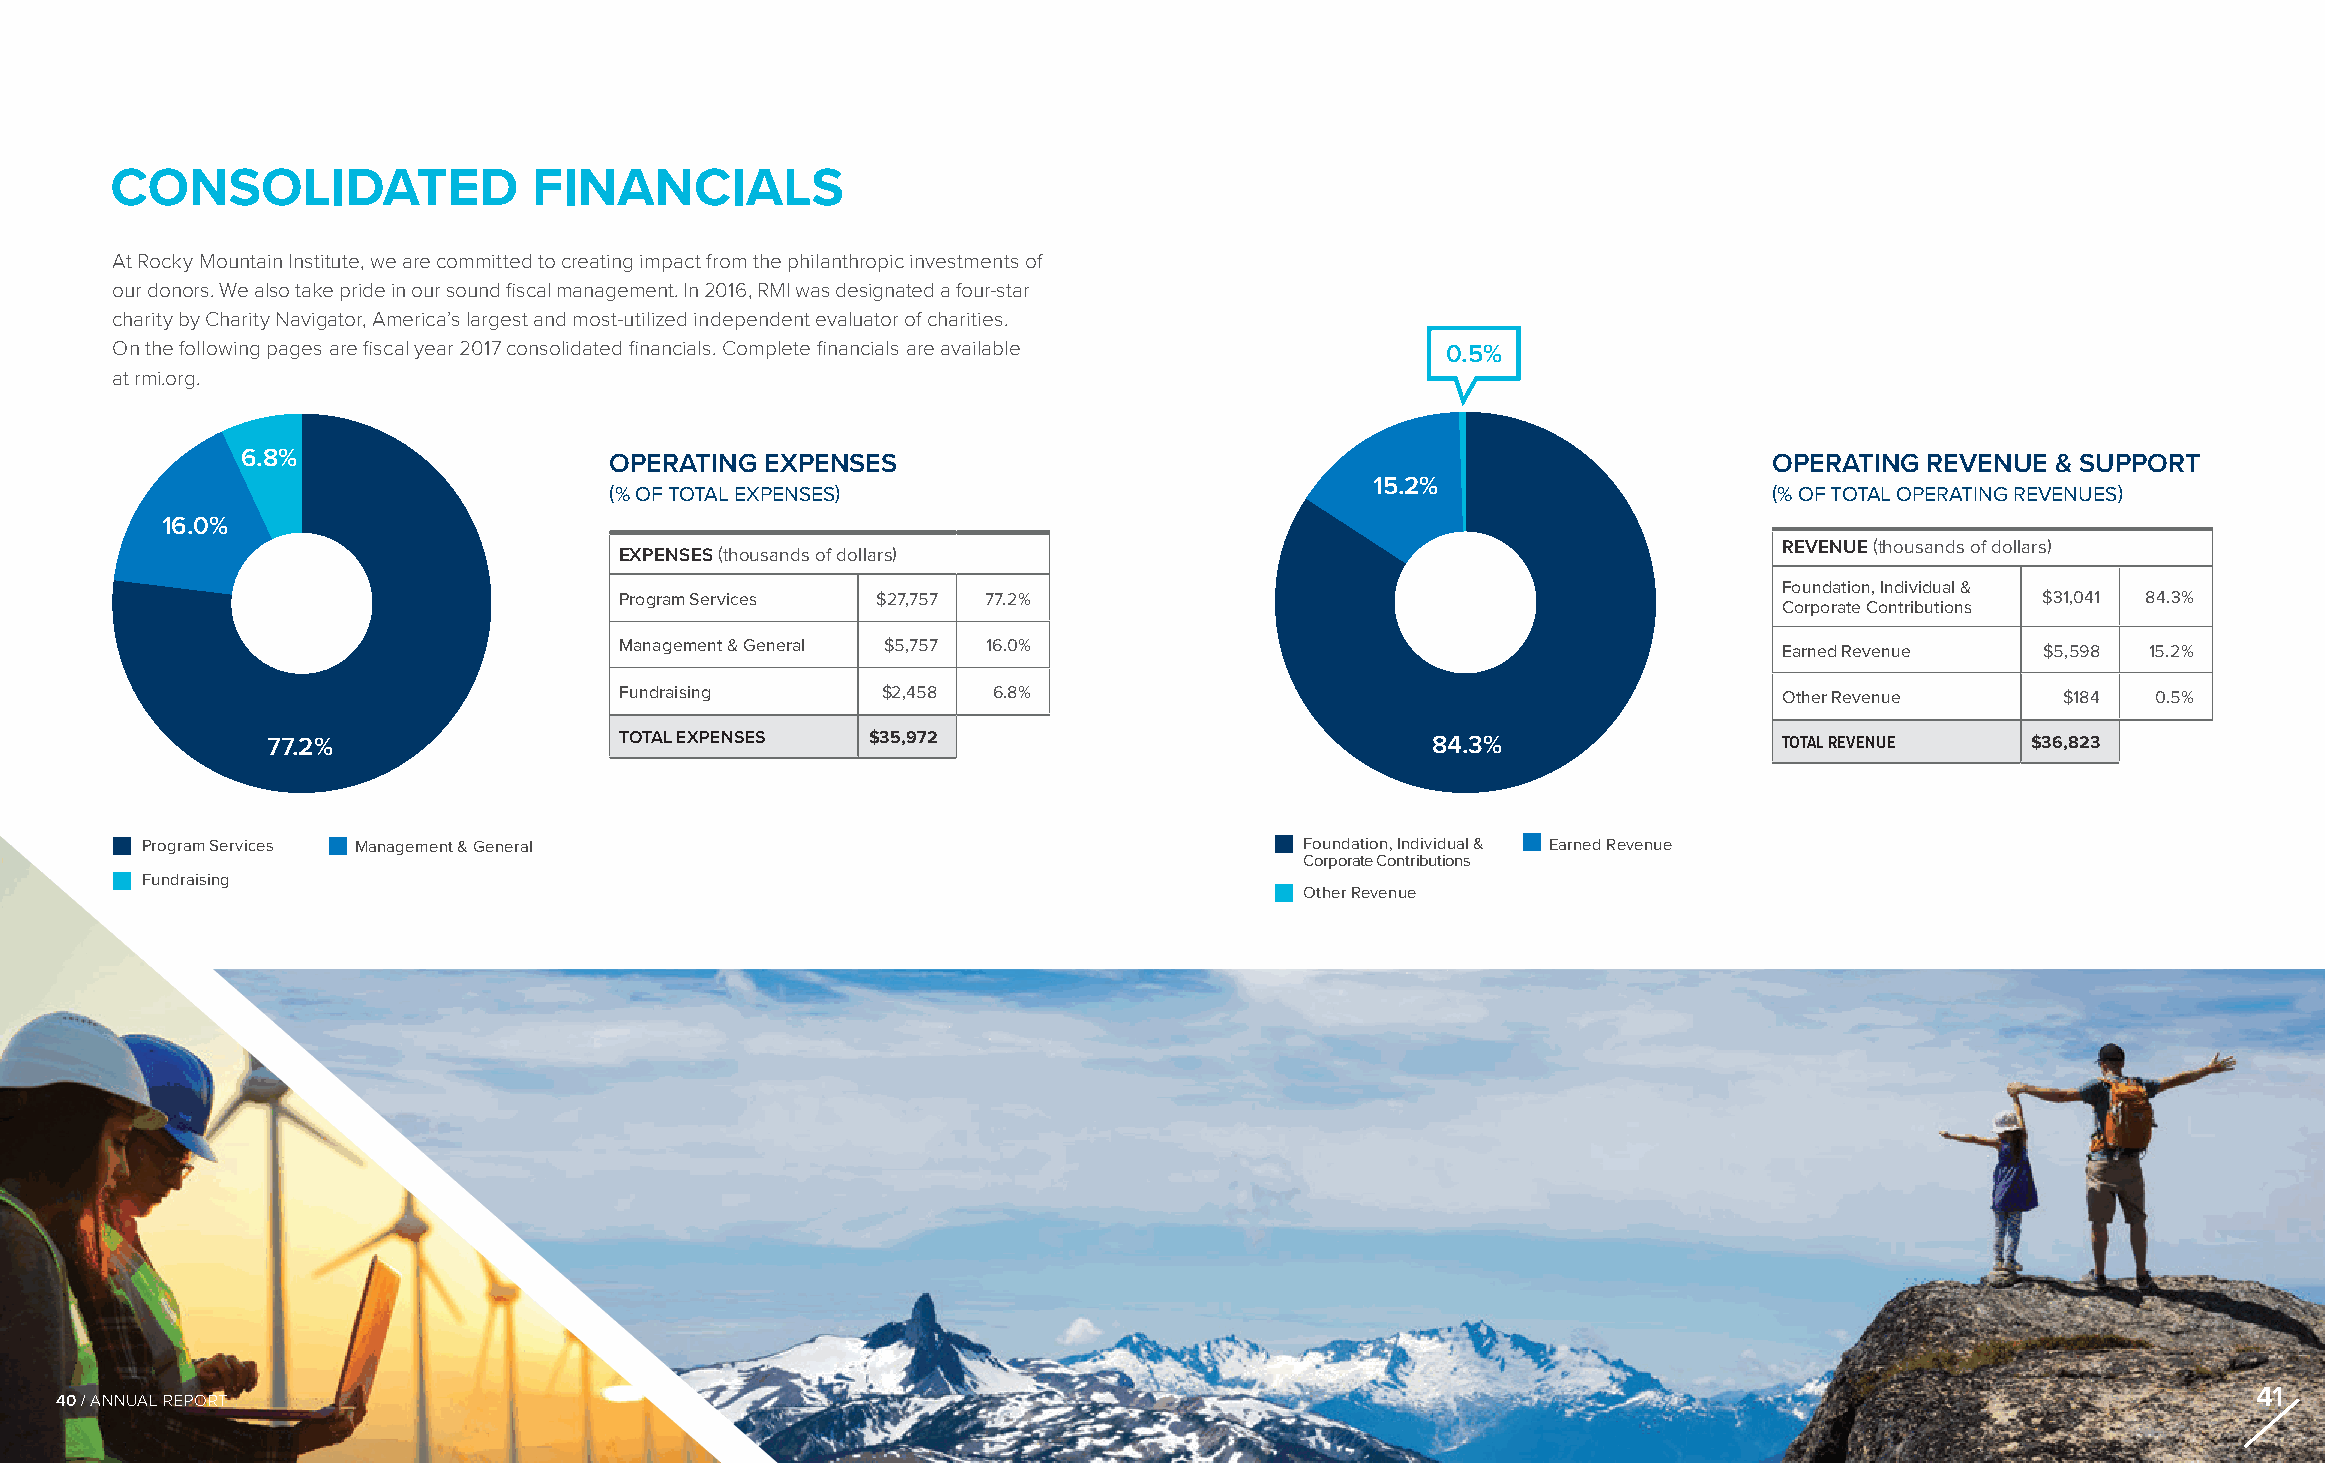
CONSOLIDATED                FINANCIALS
 At Rocky Mountain Institute, we are committed to creating impact from the philanthropic investments of
 our donors. We also take pride in our sound fiscal management. In 2016, RMI was designated a four-star
 charity by Charity Navigator, America’s largest and most-utilized independent evaluator of charities.
 On the following pages are fiscal year 2017 consolidated financials. Complete financials are available 0.5%
 at rmi.org.
 6.8%                    OPERATING  EXPENSES                                                          OPERATING  REVENUE & SUPPORT
 15.2%
 (% OF TOTAL EXPENSES)                                                        (% OF TOTAL OPERATING REVENUES)
 16.0%
 EXPENSES (thousands of dollars)                                              REVENUE (thousands of dollars)
 Foundation, Individual &
 Program Services $27,757 77.2%                                                                $31,041 84.3%
 Corporate Contributions
 Management & General $5,757 16.0%                                            Earned Revenue   $5,598 15.2%
 Fundraising      $2,458  6.8%                                                Other Revenue      $184  0.5%
 77.2%                  TOTAL EXPENSES   $35,972                              84.3%                  TOTAL REVENUE   $36,823
 Program Services Management & General                                        Foundation, Individual & Earned Revenue
 Corporate Contributions
 Fundraising
 Other Revenue
 41
 40 / ANNUAL REPORT